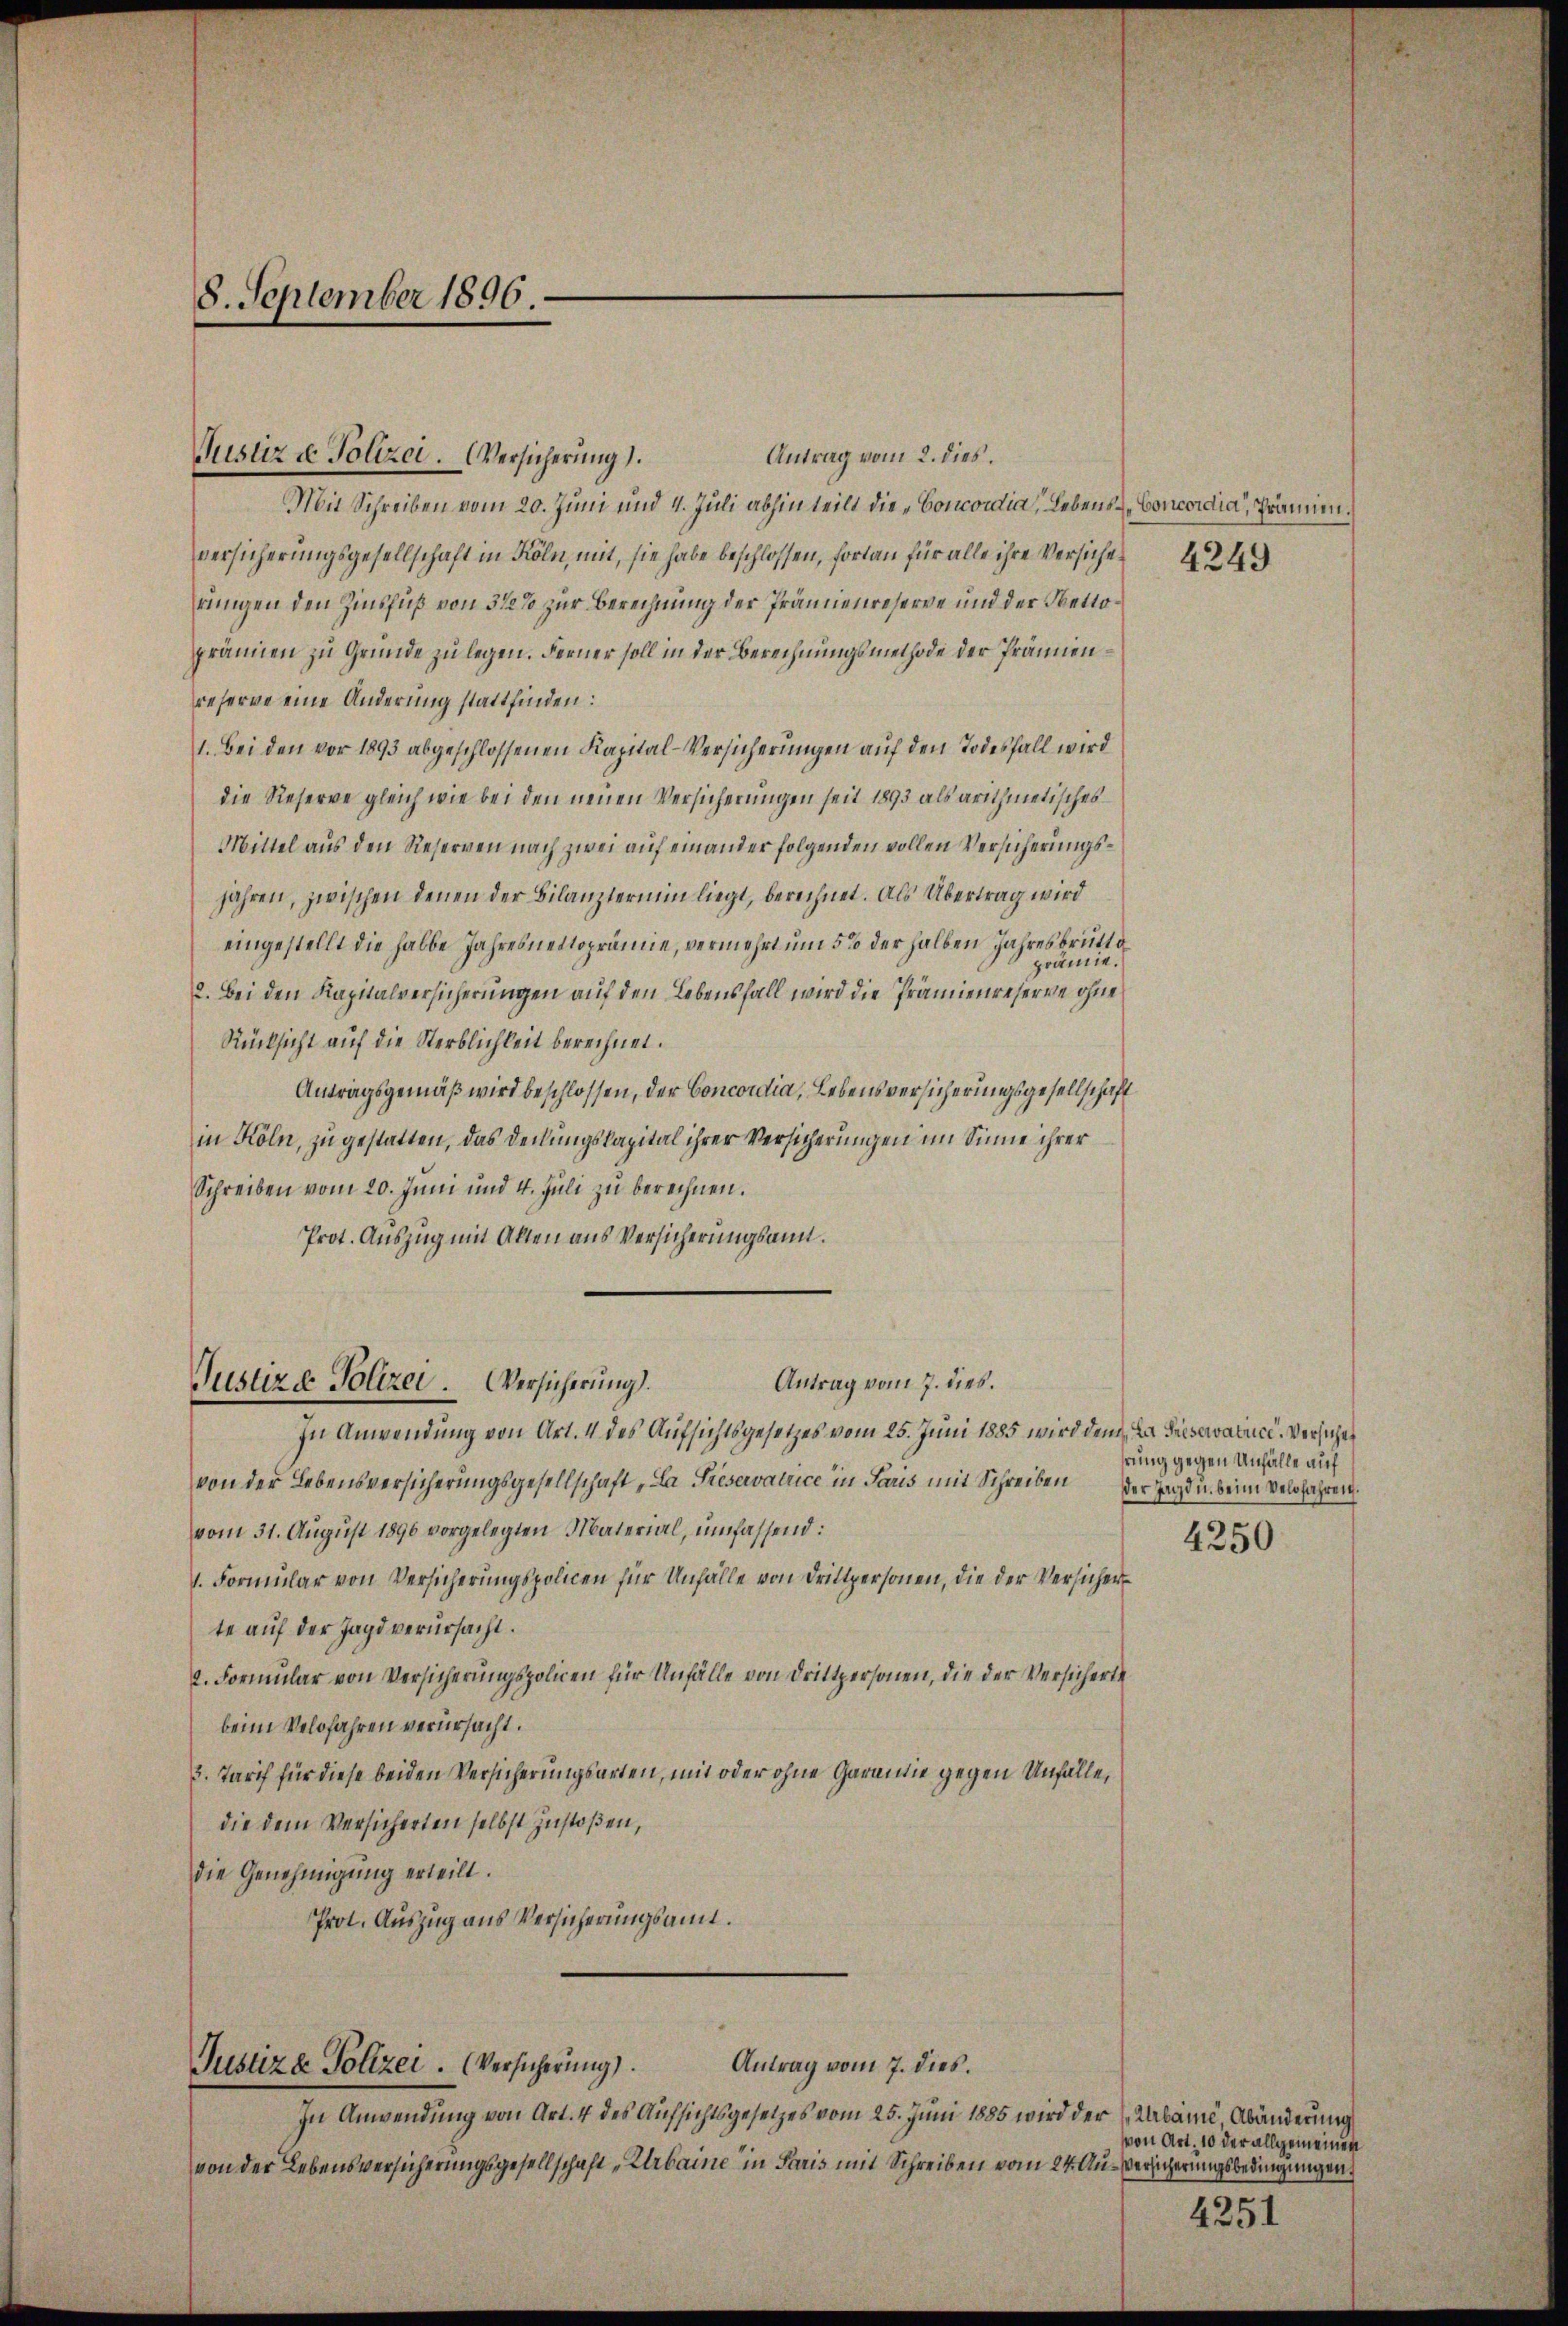
8. September 1896.

Antrag vom 2. dies.
Justiz & Polizei. Versicherung.
Mit Schreiben vom 20. Juni und 4. Juli abhinteilt die „Concordia, Lebens-Concordia, Prämien.
versicherungsgesellschaft in Köln, mit, sie habe beschlossen, fortan für alle ihre Versiches
rungen den Zinsfuß von 3 1/2% zur Berechnung der Prämienreserve und der Bettoprämien zu Gründe zu legen. Ferner soll in der Berechnungsmethode der Prämienreserve eine Änderung stattfinden:
1. Bei den vor 1893 abgeschlossenen Kapital-Versicherungen auf den Todesfall wird
die Reserve gleich wie bei den neuen Versicherungen seit 1893 als arithmetisches
Mittel aus den Reserven nach zwei auf einander folgenden vollen Versicherungsjahren, zwischen denen der Bilanztermin liegt, berechnet. Als Übertrag wird
eingestellt die halbe Jahresnettoprämie, vermehrt um 5 % der halben Jahresbrutto
prämie.
2. Bei den Kapitalversicherungen auf den Lebensfall wird die Prämienreserve ohne
Rücksicht auf die Sterblichkeit berechnet.
Antragsgemäß wird beschlossen, der Concordia, Lebensversicherungsgesellschaft
in Köln, zu gestatten, das Denungskapital ihrer Versicherungen im Sinne ihrer
Schreiben vom 20. Juni und 4. Juli zu berechnen.
Prot. Auszug mit Alten aus Versicherungsant.

In Anwendung von Art. 4 des Aufsichtsgesetzes vom 25. Juni 1885 wird dem La Preservatuce. Versichen
von der Lebensversicherungsgesellschaft, La Préservalrice in Paris mit Schreiben der Jagd u. beim Velofahren.
vom 31. August 1890 vorgelegten Material, umfassend:
1. Formular von Versicherungspolicen für Unfälle von Drittpersonen, die der Versicherte auf der Jagd verursacht.
2. Formular von Versicherungspolicen für Unfälle von Drittpersonen, die der Versicherte
beim Velofahren verursacht.
5. Tarif für diese beiden Versicherungsarten, mit oder ohne Garantie gegen Unfalle,
die dem Versicherten selbst zustoßen,
die Genehmigung erteilt.
Prot. Auszug aus Versicherungsamt.

Antrag vom 7. dies.
Justiz & Polizei. Versicherung.

Justiza Polizei. (Versicherung.

Antrag vom 7. dies.
In Anwendung von Art. 4 des Aufsichtsgesetzes vom 25. Juni 1885 wird der (Arbämi, Abänderung
von der Lebensversicherungsgesellschaft „Urbaine in Paris mit Schreiben vom 24. Au-Versicherungsbedingungen

4249

hrung gegen Unfälle auf

4250

von Art. 10 der allgemeinen

4251